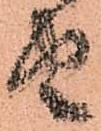
由